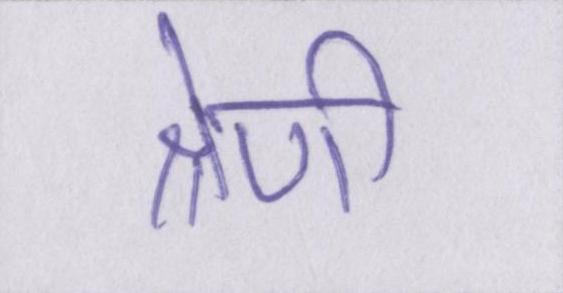
श्रेणी